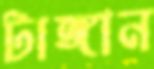
টাঙ্গান